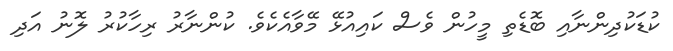
ކުޑަކުދިންނާއި ބޮޑެތި މީހުން ވެސް ކައިއުޅޭ މޭވާއެކެވެ. ކުންނާރު ރިހާކުރު ލޮނު އަދި